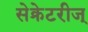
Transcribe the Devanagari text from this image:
सेक्रेटरीज्